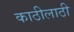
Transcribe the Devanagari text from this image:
काठीलाठी